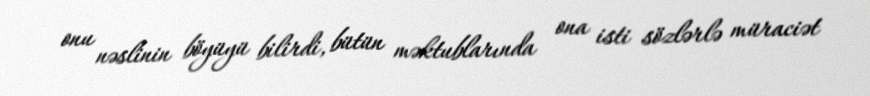
onu nəslinin böyüyü bilirdi, bütün məktublarında ona isti sözlərlə müraciət